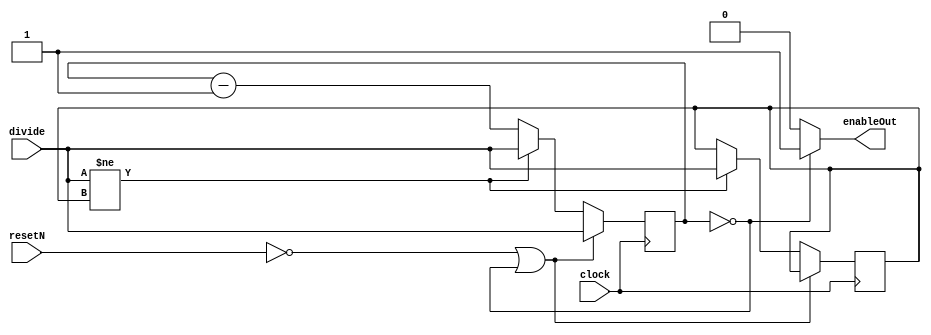
module rate_divider (clock, resetN, enableOut, divide);
    input clock;
    input resetN;
    input [27:0] divide;
    output enableOut;

    reg [27:0] RateDivider;
    reg [27:0] OldSpeed;

    always @(posedge clock)
    begin
        if (resetN == 1'b0 || RateDivider == 28'b0)    //If we reset or it's counted down, reset to val
				RateDivider <= divide;
        else if (divide != OldSpeed)                    //Parallel load new signal
            begin
                RateDivider <= divide;
                OldSpeed <= divide;
            end
        else
            RateDivider <= RateDivider - 28'b1;         //otherwise, just subtract from it
	 end
    assign enableOut = (RateDivider == 28'b0) ? 1'b1 : 1'b0;
endmodule